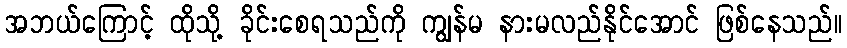
အဘယ်ကြောင့် ထိုသို့ ခိုင်းစေရသည်ကို ကျွန်မ နားမလည်နိုင်အောင် ဖြစ်နေသည်။